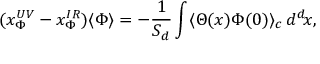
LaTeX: ( x _ { \Phi } ^ { U V } - x _ { \Phi } ^ { I R } ) \langle \Phi \rangle = - { \frac { 1 } { S _ { d } } } \int \langle \Theta ( x ) \Phi ( 0 ) \rangle _ { c } \, d ^ { d } \! x ,